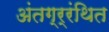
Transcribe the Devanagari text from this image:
अंतग्र्रंथित